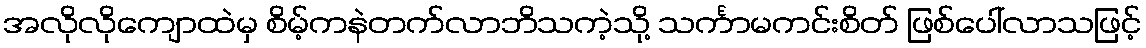
အလိုလိုကျောထဲမှ စိမ့်ကနဲတက်လာဘိသကဲ့သို့ သင်္ကာမကင်းစိတ် ဖြစ်ပေါ်လာသဖြင့်